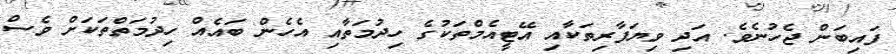
ފައިބަން ޖެހުނެވެ. އަދި ވިޔަފާރިތަކާއި އޭޓީއެމްތަކުގެ ހިދުމަތާއި އެހެން ބައެއް ހިދުމަތްތަކަށް ވެސް